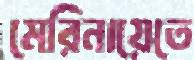
মেরিনায়েতে